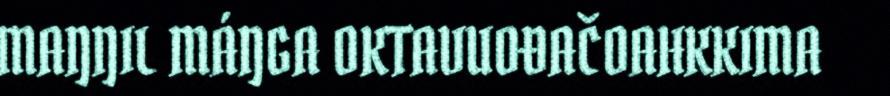
MAŊŊIL MÁŊGA OKTAVUOĐAČOAHKKIMA